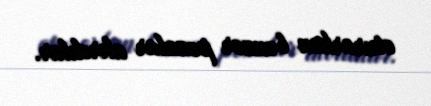
oturarkən bənzər pozalar alırdılar.